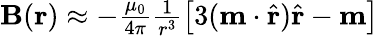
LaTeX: \begin{array}{r}{\mathbf{B}(\mathbf{r})\approx-\frac{\mu_{0}}{4\pi}\frac{1}{r^{3}}\left[3(\mathbf{m}\cdot\hat{\mathbf{r}})\hat{\mathbf{r}}-\mathbf{m}\right]}\end{array}